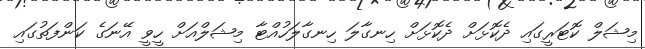
މިޝަލް ކޮޓަރީގައި ދެކޮޅަށް ދެކޮޅަށް ހިނގާލަ ހިނގާލަހުއްޓާ މިޝަލްއަށް ހީވީ އޭނަގެ ކަންފަތުގައި